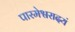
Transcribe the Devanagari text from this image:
पारमेश्वरादयं